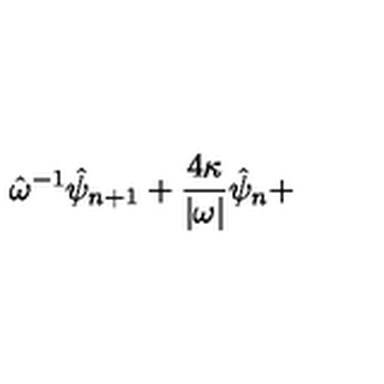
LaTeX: \hat { \omega } ^ { - 1 } \hat { \psi } _ { n + 1 } + \frac { 4 \kappa } { | \omega | } \hat { \psi } _ { n } +